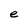
Character: e